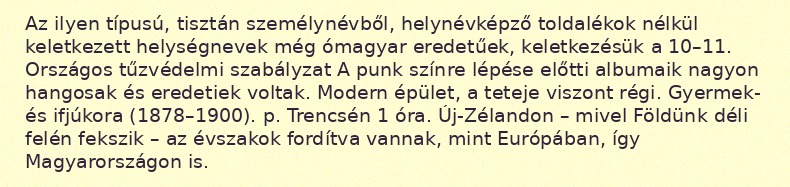
Az ilyen típusú, tisztán személynévből, helynévképző toldalékok nélkül keletkezett helységnevek még ómagyar eredetűek, keletkezésük a 10–11. Országos tűzvédelmi szabályzat A punk színre lépése előtti albumaik nagyon hangosak és eredetiek voltak. Modern épület, a teteje viszont régi. Gyermek- és ifjúkora (1878–1900). p. Trencsén 1 óra. Új-Zélandon – mivel Földünk déli felén fekszik – az évszakok fordítva vannak, mint Európában, így Magyarországon is.